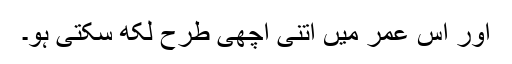
اور اس عمر میں اتنی اچھی طرح لکھ سکتی ہو۔